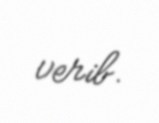
verib.